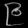
Digit: ၉